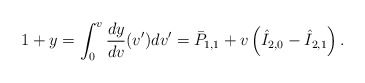
\begin{align*} 1+y=\int_0^v\frac{dy}{dv}(v')dv'=\bar{P}_{1,1}+v\left(\hat{I}_{2,0}-\hat{I}_{2,1}\right).\end{align*}